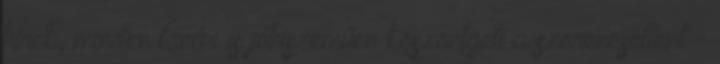
hírek, minden tanár is jóhiszeműen köszöntgeti a szerencsétlent -